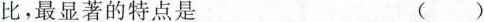
比，最显著的特点是 ()